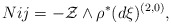
\begin{align*}Nij=-\mathcal{Z}\wedge \rho^*(d\mathcal{\xi})^{(2,0)},\end{align*}